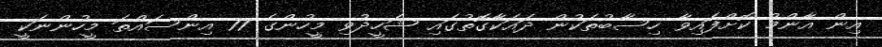
އިން އާންމު ކޮށްފައިވާ ހިސާބުތަކުން ދައަކާގޮތުގައި ޝަހީދުވި މީހުންގެ 77 އިންސައްތަ މީހުންނަކީ